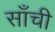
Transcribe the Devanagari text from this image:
सॉंची